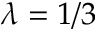
\lambda = 1 / 3